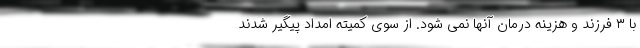
با ۳ فرزند و هزینه درمان آنها نمی شود. از سوی کمیته امداد پیگیر شدند